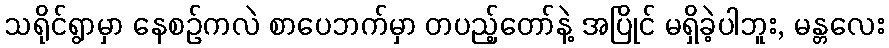
သရိုင်ရွာမှာ နေစဉ်ကလဲ စာပေဘက်မှာ တပည့်တော်နဲ့ အပြိုင် မရှိခဲ့ပါဘူး, မန္တလေး